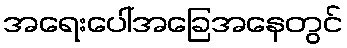
အရေးပေါ်အခြေအနေတွင်